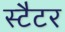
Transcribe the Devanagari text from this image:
स्टैटर